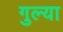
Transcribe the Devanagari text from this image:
गुल्या